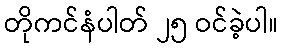
တိုကင်နံပါတ် ၂၅ ဝင်ခဲ့ပါ။